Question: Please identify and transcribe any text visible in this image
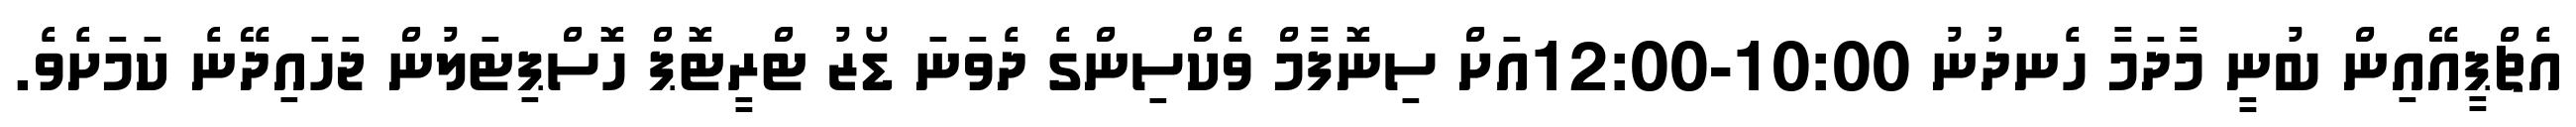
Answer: އެޗްޕީއޭއިން ބުނީ މާދަމާ ހެނދުނު 10:00-12:00އަށް ސިނޮފާމް ވެކްސިންގެ ދެވަނަ ޑޯޒު ޓްރީޓޮޕް ހޮސްޕިޓަލުން ޖަހައިދޭނެ ކަމަށެވެ.